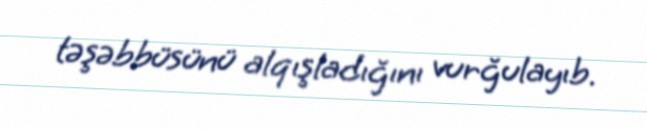
təşəbbüsünü alqışladığını vurğulayıb.